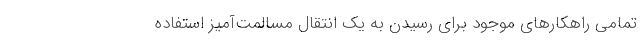
تمامی راهکارهای موجود برای رسیدن به یک انتقال مسالمت‌آمیز استفاده